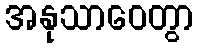
အနုသာဝေတွာ